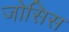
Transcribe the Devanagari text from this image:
जोसिस